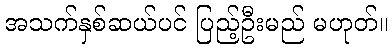
အသက်နှစ်ဆယ်ပင် ပြည့်ဦးမည် မဟုတ်။